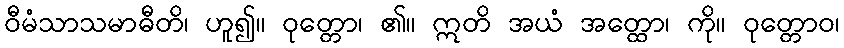
ဝီမံသာသမာဓီတိ၊ ဟူ၍။ ဝုတ္တော၊ ၏။ ဣတိ အယံ အတ္ထော၊ ကို။ ဝုတ္တောဝ၊